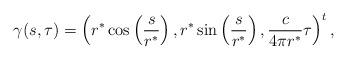
LaTeX: \begin{align*}\gamma(s,\tau)=\left( r^*\cos\left( \frac{s}{r^*}\right), r^*\sin\left( \frac{s}{r^*}\right), \frac{c}{4\pi r^*}\tau\right)^t,\end{align*}